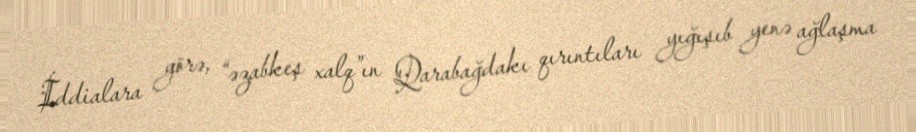
İddialara görə, “əzabkeş xalq”ın Qarabağdakı qırıntıları yığışıb yenə ağlaşma